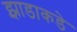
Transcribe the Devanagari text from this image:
झाडाकडे